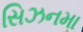
સિઝનમા